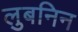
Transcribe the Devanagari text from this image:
लुबनिन